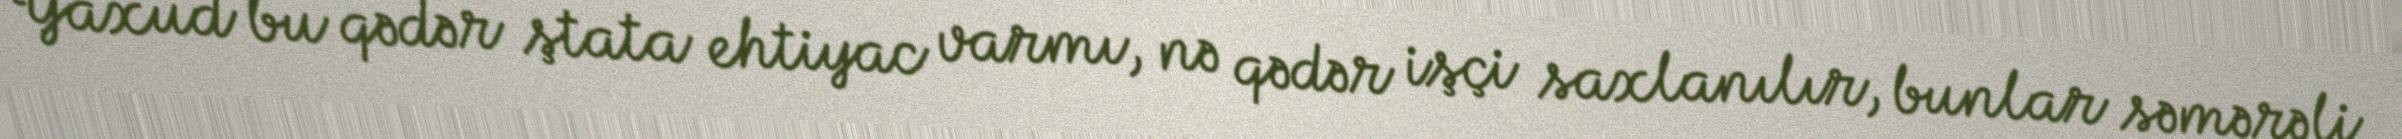
Yaxud bu qədər ştata ehtiyac varmı, nə qədər işçi saxlanılır, bunlar səmərəli